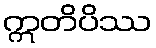
ဣတိပိဿ